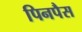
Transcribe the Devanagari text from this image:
पिनपैस